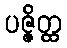
ပဇ္ဇိတ္ထ